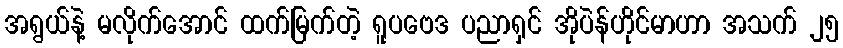
အရွယ်နဲ့ မလိုက်အောင် ထက်မြက်တဲ့ ရူပဗေဒ ပညာရှင် အိုပဲန်ဟိုင်မာဟာ အသက် ၂၅